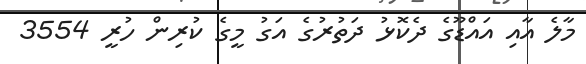
މާލެ އާއި އައްޑޫގެ ދެކޮޅު ދަތުރުގެ އަގު މީގެ ކުރިން ހުރީ 3554